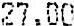
27.00